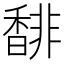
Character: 馡